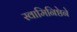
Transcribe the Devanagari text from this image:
स्वामिनिष्ठेने